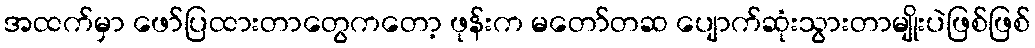
အထက်မှာ ဖော်ပြထားတာတွေကတော့ ဖုန်းက မတော်တဆ ပျောက်ဆုံးသွားတာမျိုးပဲဖြစ်ဖြစ်